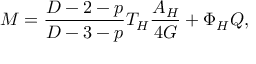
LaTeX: M = \frac { D - 2 - p } { D - 3 - p } T _ { H } \frac { A _ { H } } { 4 G } + \Phi _ { H } Q ,